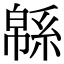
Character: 緜